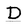
Character: D